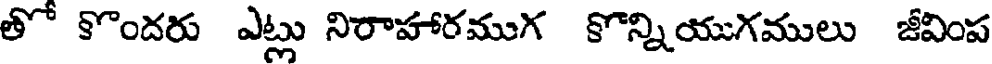
తో కొందరు ఎట్లు నిరాహారముగ కొన్నియుగములు జీవింప